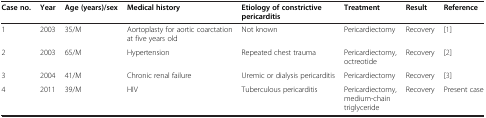
<table><thead><tr><td><b>Case no.</b></td><td><b>Year</b></td><td><b>Age (years)/sex</b></td><td><b>Medical history</b></td><td><b>Etiology of constrictive pericarditis</b></td><td><b>Treatment</b></td><td><b>Result</b></td><td><b>Reference</b></td></tr></thead><tbody><tr><td>1</td><td>2003</td><td>35/M</td><td>Aortoplasty for aortic coarctation at five years old</td><td>Not known</td><td>Pericardiectomy</td><td>Recovery</td><td>[1]</td></tr><tr><td>2</td><td>2003</td><td>65/M</td><td>Hypertension</td><td>Repeated chest trauma</td><td>Pericardiectomy, octreotide</td><td>Recovery</td><td>[2]</td></tr><tr><td>3</td><td>2004</td><td>41/M</td><td>Chronic renal failure</td><td>Uremic or dialysis pericarditis</td><td>Pericardiectomy</td><td>Recovery</td><td>[3]</td></tr><tr><td>4</td><td>2011</td><td>39/M</td><td>HIV</td><td>Tuberculous pericarditis</td><td>Pericardiectomy, medium-chain triglyceride</td><td>Recovery</td><td>Present case</td></tr></tbody></table>